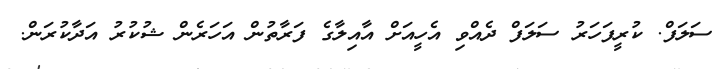
ސަލަފް. ކުރީފަހަރު ސަލަފް ދެއްވި އެހީއަށް އާއިލާގެ ފަރާތުން އަހަރެން ޝުކުރު އަދާކުރަން.